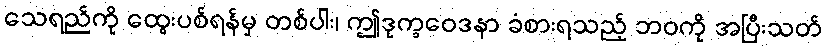
သေရည်ကို ထွေးပစ်ရန်မှ တစ်ပါး၊ ဤဒုက္ခဝေဒနာ ခံစားရသည့် ဘဝကို အပြီးသတ်